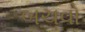
બચવો